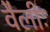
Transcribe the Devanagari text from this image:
वैलीः